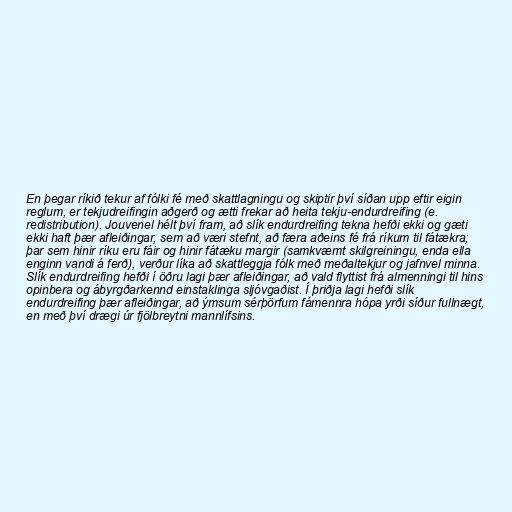
En þegar ríkið tekur af fólki fé með skattlagningu og skiptir því síðan upp eftir eigin
reglum, er tekjudreifingin aðgerð og ætti frekar að heita tekju-endurdreifing (e.
redistribution). Jouvenel hélt því fram, að slík endurdreifing tekna hefði ekki og gæti
ekki haft þær afleiðingar, sem að væri stefnt, að færa aðeins fé frá ríkum til fátækra;
þar sem hinir ríku eru fáir og hinir fátæku margir (samkvæmt skilgreiningu, enda ella
enginn vandi á ferð), verður líka að skattleggja fólk með meðaltekjur og jafnvel minna.
Slík endurdreifing hefði í öðru lagi þær afleiðingar, að vald flyttist frá almenningi til hins
opinbera og ábyrgðarkennd einstaklinga sljóvgaðist. Í þriðja lagi hefði slík
endurdreifing þær afleiðingar, að ýmsum sérþörfum fámennra hópa yrði síður fullnægt,
en með því drægi úr fjölbreytni mannlífsins.